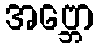
အဗ္ဘော